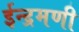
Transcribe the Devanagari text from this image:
ईन्द्रमणी